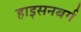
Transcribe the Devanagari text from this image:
हाइसनबर्ग